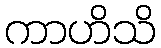
ကာဟိသိ